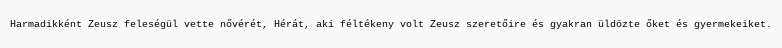
Harmadikként Zeusz feleségül vette nővérét, Hérát, aki féltékeny volt Zeusz szeretőire és gyakran üldözte őket és gyermekeiket.